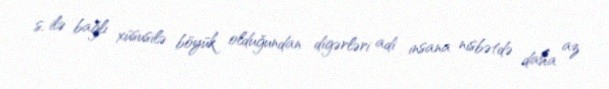
s. ilə bağlı xüsusilə böyük olduğundan digərləri adi insana nisbətdə daha az